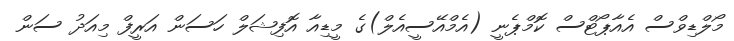
މޯލްޑިވްސް އެއާޕޯޓްސް ކޮމްޕެނީ (އެމްއޭސީއެލް)ގެ މީޑިއާ އޮފިޝަލް ހަސަން އަރީފް މިއަދު ސަން